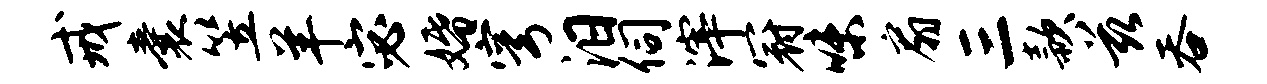
戒囊笠羊宓婚穹汨伺滓冠味扇三款兹吞